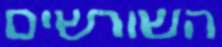
השורשים